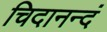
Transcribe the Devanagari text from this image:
चिदानन्दं